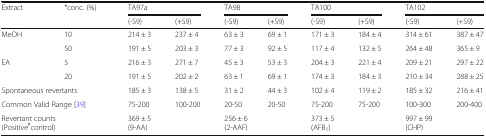
<table><thead><tr><td rowspan="2"><b>Extract</b></td><td rowspan="2"><b>*conc. (%)</b></td><td colspan="2"><b>TA97a</b></td><td colspan="2"><b>TA98</b></td><td colspan="2"><b>TA100</b></td><td colspan="2"><b>TA102</b></td></tr><tr><td><b>(-S9)</b></td><td><b>(+S9)</b></td><td><b>(-S9)</b></td><td><b>(+S9)</b></td><td><b>(-S9)</b></td><td><b>(+S9)</b></td><td><b>(-S9)</b></td><td><b>(+S9)</b></td></tr></thead><tbody><tr><td rowspan="2">MeOH</td><td>10</td><td>214 ± 3</td><td>237 ± 4</td><td>63 ± 3</td><td>69 ± 1</td><td>171 ± 3</td><td>184 ± 4</td><td>314 ± 61</td><td>387 ± 47</td></tr><tr><td>50</td><td>191 ± 5</td><td>203 ± 3</td><td>77 ± 3</td><td>92 ± 5</td><td>117 ± 4</td><td>132 ± 5</td><td>264 ± 48</td><td>365 ± 9</td></tr><tr><td rowspan="2">EA</td><td>5</td><td>216 ± 3</td><td>271 ± 7</td><td>45 ± 3</td><td>53 ± 3</td><td>204 ± 3</td><td>221 ± 4</td><td>209 ± 21</td><td>297 ± 22</td></tr><tr><td>20</td><td>191 ± 5</td><td>202 ± 2</td><td>63 ± 1</td><td>69 ± 1</td><td>174 ± 3</td><td>184 ± 3</td><td>210 ± 34</td><td>288 ± 25</td></tr><tr><td colspan="2">Spontaneous revertants</td><td>185 ± 3</td><td>138 ± 5</td><td>31 ± 2</td><td>44 ± 3</td><td>102 ± 4</td><td>119 ± 2</td><td>185 ± 32</td><td>216 ± 41</td></tr><tr><td colspan="2">Common Valid Range [39]</td><td>75-200</td><td>100-200</td><td>20-50</td><td>20-50</td><td>75-200</td><td>75-200</td><td>100-300</td><td>200-400</td></tr><tr><td colspan="2">Revertant counts(Positive<sup>#</sup>control)</td><td colspan="2">369 ± 5(9-AA)</td><td colspan="2">256 ± 6(2-AAF)</td><td colspan="2">373 ± 5(AFB<sub>1</sub>)</td><td colspan="2">997 ± 99(CHP)</td></tr></tbody></table>